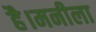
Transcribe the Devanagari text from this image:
है।मनीला